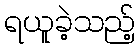
ရယူခဲ့သည့်